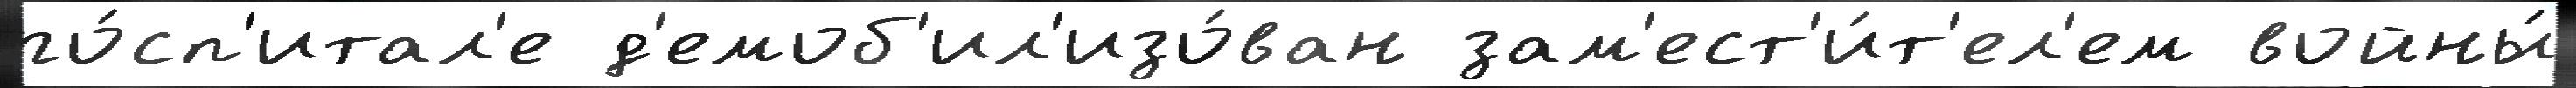
го́сп'итал'е д'емоб'ил'изо́ван зам'ест'и́т'ел'ем войны́